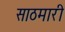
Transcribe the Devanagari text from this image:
साठमारी